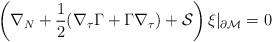
LaTeX: \begin{align*}\left( \nabla_N +\frac 12 (\nabla_\tau \Gamma + \Gamma \nabla_\tau )+{\cal S} \right)\xi \vert_{\partial{\cal M}}=0 \end{align*}